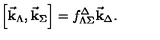
\left[ \vec { \bf k } _ { \Lambda } , \vec { \bf k } _ { \Sigma } \right] = f _ { \Lambda \Sigma } ^ { \Delta } \vec { \bf k } _ { \Delta } .